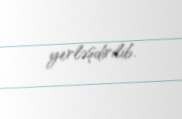
yerləşdirilib.